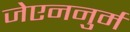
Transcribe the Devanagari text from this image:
जेएननुर्म